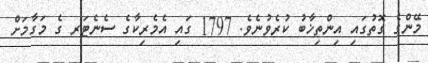
މޭންގެ ގޮތުގައި އިންތިޚާބު ކުރެވުނެވެ. 1797 ގައި އެމެރިކާގެ ސެނެޓަރ ގެ މަގާމަށް